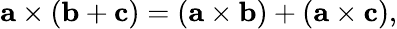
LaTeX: \mathbf{a}\times(\mathbf{b}+\mathbf{c})=(\mathbf{a}\times\mathbf{b})+(\mathbf{a}\times\mathbf{c}),